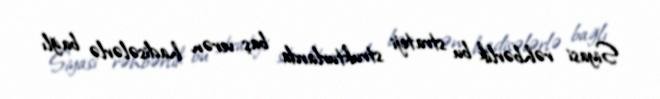
Siyasi rəhbərlik bu strateji strukturlarda baş verən hadisələrlə bağlı